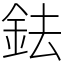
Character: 鉣